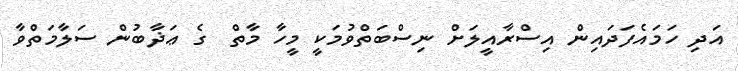
އަދި ހަމައެފަދައިން އިސްރާއީލަށް ނިސްބަތްވުމަކީ މީހާ މާތް  ގެ ޢަޛާބުން ސަލާމަތްވާ